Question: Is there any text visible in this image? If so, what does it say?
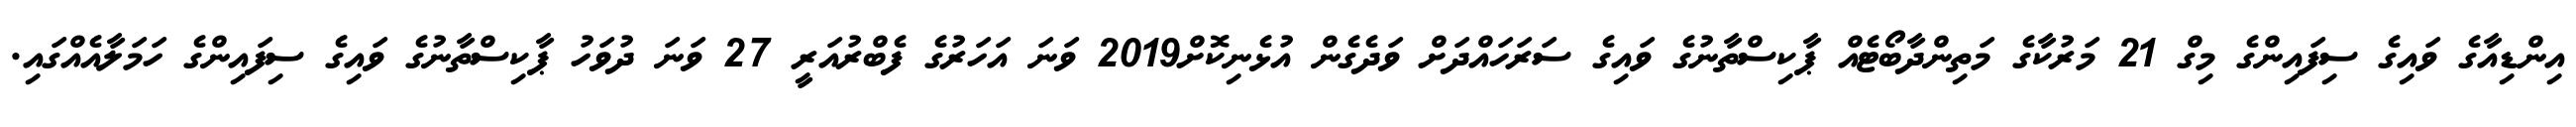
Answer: އިންޑިއާގެ ވައިގެ ސިފައިންގެ މިގް 21 މަރުކާގެ މަތިންދާބޯޓެއް ޕާކިސްތާނުގެ ވައިގެ ސަރަހައްދަށް ވަދެގެން އުޅެނިކޮށް2019 ވަނަ އަހަރުގެ ފެބްރުއަރީ 27 ވަނަ ދުވަހު ޕާކިސްތާނުގެ ވައިގެ ސިފައިންގެ ހަމަލާއެއްގައި.